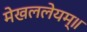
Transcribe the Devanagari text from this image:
मेखललेयम्॥